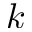
\ensuremath { k }